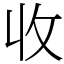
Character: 收